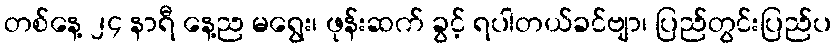
တစ်နေ့ ၂၄ နာရီ နေ့ည မရွေး၊ ဖုန်းဆက် ခွင့် ရပါတယ်ခင်ဗျာ၊ ပြည်တွင်းပြည်ပ